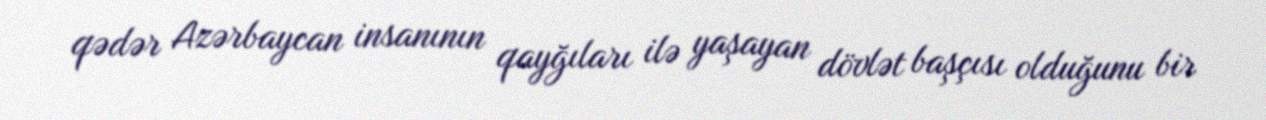
qədər Azərbaycan insanının qayğıları ilə yaşayan dövlət başçısı olduğunu bir